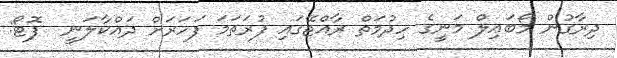
ދިރާގުން މޯބައިލް މަނީގެ ހިދުމަތް ރާއްޖޭގައި ފުރަތަމަ ފަހަރަށް ދައްކާލަނީ  ފޮޓޯ: